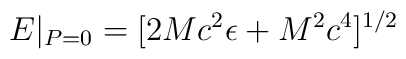
E|_{P=0}=[2Mc^{2}\epsilon+M^{2}c^{4}]^{1/2}